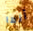
أنها